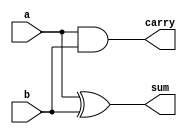
module half_add_structural ( a, b, sum, carry);

input a,b;
output sum, carry;

xor x1(sum ,a,b);
and a1(carry,a,b);

endmodule